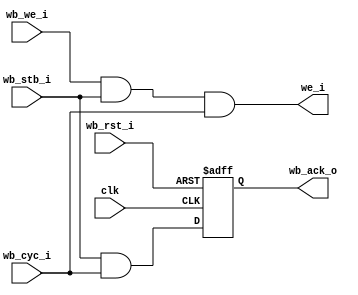
module irda_wb (clk, wb_rst_i, wb_stb_i, wb_cyc_i,  wb_we_i, wb_ack_o, we_i);

input			clk;
input			wb_rst_i;
input			wb_stb_i;
input			wb_cyc_i;
input			wb_we_i;
output		wb_ack_o;
output		we_i;		// Write enable output for the registers

reg			wb_ack_o;

always @(posedge clk or posedge wb_rst_i)
begin
	if (wb_rst_i) begin
		wb_ack_o <= #1 0;
	end else begin
		wb_ack_o <= #1 wb_stb_i & wb_cyc_i; // one clock delay on acknowledge output
	end
end

assign we_i = wb_we_i & wb_stb_i & wb_cyc_i;

endmodule